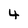
Character: 4